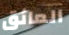
العائق